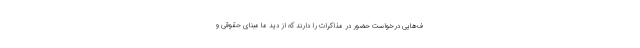
ف‌هایی درخواست حضور در مذاکرات را دارند که از دید ما مبنای حقوقی و